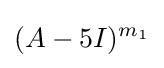
(A-5I)^{m_{1}}